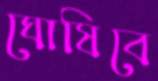
ঘোষিবে